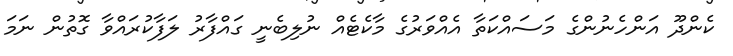
ކެންދޫ އަންހެނުންގެ މަސައްކަތާ އެއްވަރުގެ މާކެޓެއް ނުލިބެނީ ގައްފާރު ލަފާކުރައްވާ ގޮތުން ނަމަ